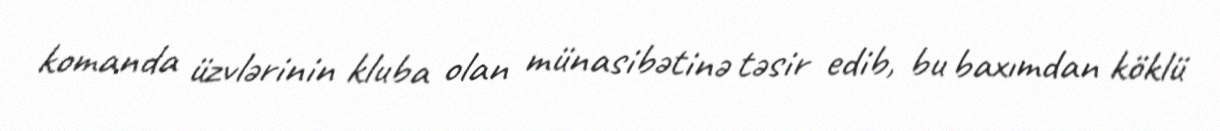
komanda üzvlərinin kluba olan münasibətinə təsir edib, bu baxımdan köklü